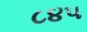
૮૪૫